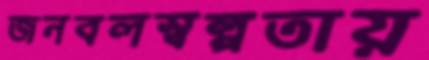
জনবলস্বল্পতায়